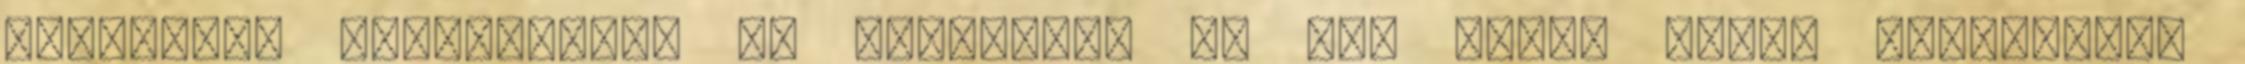
folytatás játékmenete az előzőhöz, ez egy valós idejű stratégiai